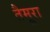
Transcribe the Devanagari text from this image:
तैमूरा